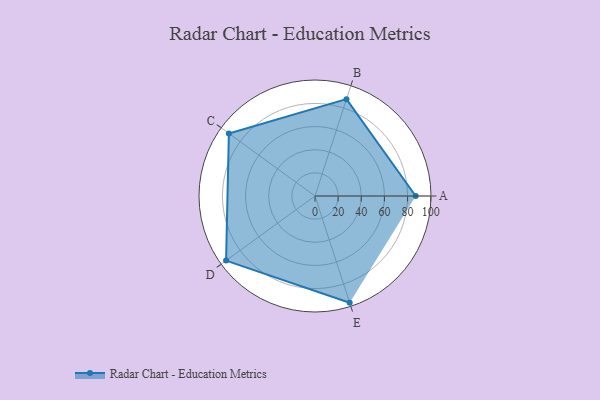
{"axis": {"x": "Skill", "y": "Score"}, "legend": ["Profile"], "data": [{"x": "A", "y": 87.0, "type": "Profile"}, {"x": "B", "y": 88.0, "type": "Profile"}, {"x": "C", "y": 92.0, "type": "Profile"}, {"x": "D", "y": 95.0, "type": "Profile"}, {"x": "E", "y": 97.0, "type": "Profile"}]}